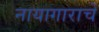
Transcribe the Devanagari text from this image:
नायागाराचे